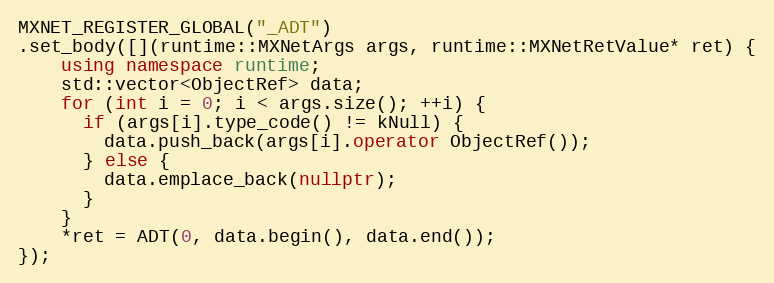
Language: C++
MXNET_REGISTER_GLOBAL("_ADT")
.set_body([](runtime::MXNetArgs args, runtime::MXNetRetValue* ret) {
    using namespace runtime;
    std::vector<ObjectRef> data;
    for (int i = 0; i < args.size(); ++i) {
      if (args[i].type_code() != kNull) {
        data.push_back(args[i].operator ObjectRef());
      } else {
        data.emplace_back(nullptr);
      }
    }
    *ret = ADT(0, data.begin(), data.end());
});